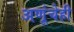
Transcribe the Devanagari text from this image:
अणूंचेही